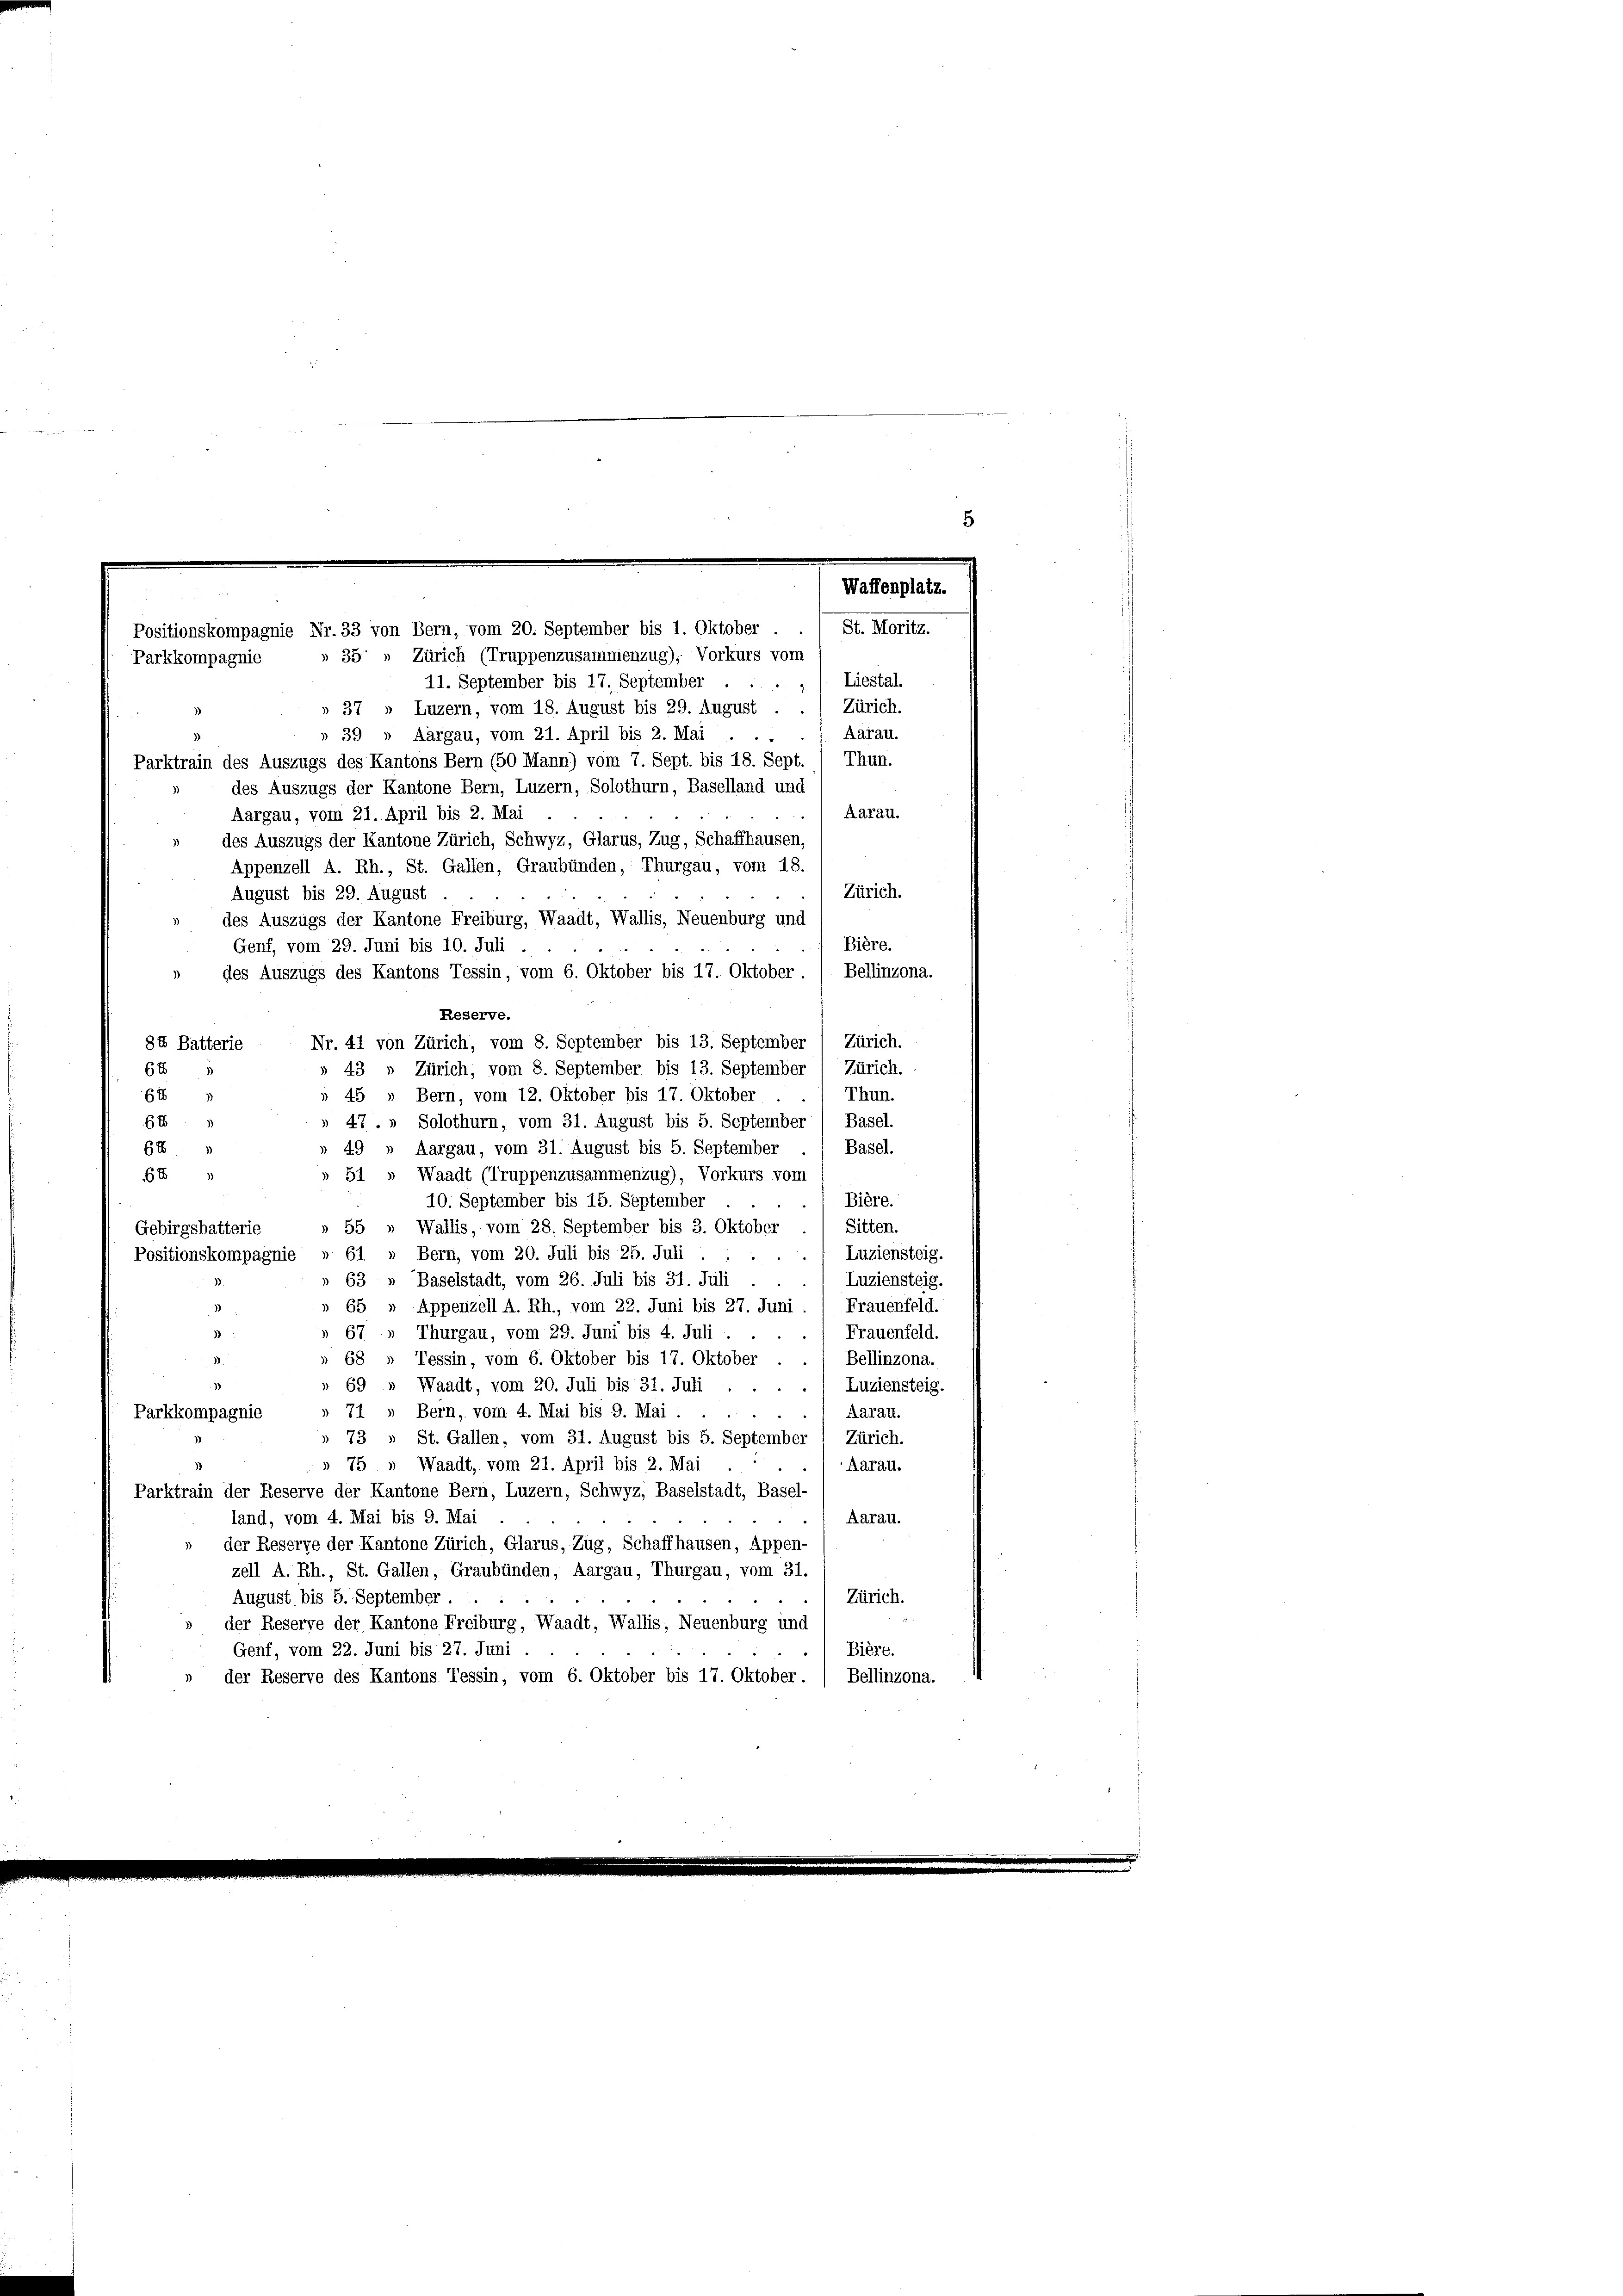
5
Waffenplatz.
St. Moritz.
Positionskompagnie Nr. 33 von Bern, vom 20. September bis 1. Oktober .
35 » Zürich (Truppenzusammenzug), Vorkurs vom
Parkkompagnie

Liestal.
11. September bis 17. September
g
» 37 » Luzern, vom 18. August bis 29. August . . / Zürich.
Aarau.
n 39 » Aargau, vom 21. April bis 2. Mai
Parktrain des Auszugs des Kantons Bern (50 Mann) vom 7. Sept. bis 18. Sept. ( Thun.
des Auszugs der Kantone Bern, Luzern, Solothurn, Baselland und
Aarau.
Aargau, vom 21. April bis 2. Mai
des Auszugs der Kantone Zürich, Schwyz, Glarus, Zug, Schaffhausen,
Appenzell A. Rh., St. Gallen, Graubünden, Thurgau, vom 18.
Zürich.
August bis 29. August.
des Auszugs der Kantone Freiburg, Waadt, Wallis, Neuenburg und
Bière.
Genf, vom 29. Juni bis 10. Juli
Bellinzona.
» des Auszugs des Kantons Tessin, vom 6. Oktober bis 17. Oktober
Reserve.
Nr. 41 von Zürich, vom 8. September bis 13. September / Zürich.
88 Batterie
68
» 43 „ Zürich, vom 8. September bis 13. September / Zürich.
» 45 » Bern, vom 12. Oktober bis 17. Oktober
Thun.
683
618
47.» Solothurn, vom 31. August bis 5. September) Basel.
68
49 » Aargau, vom 31. August bis 5. September
Basel.
68
Waadt (Truppenzusammenzug), Vorkurs vom
51
Bière.
10. September bis 15. September
Sitten.
55 » Wallis, vom 28. September bis 3. Oktober
Gebirgsbatterie
61 » Bern, vom 20. Juli bis 25. Juli
Luziensteig.
Positionskompagnie
63 » Baselstadt, vom 26. Juli bis 31. Juli
Luziensteig.
Frauenfeld.
» 65 » Appenzell A. Rh., vom 22. Juni bis 27. Juni
Frauenfeld.
67, Thurgau, vom 29. Juni bis 4. Juli
68
Tessin, vom 6. Oktober bis 17. Oktober
Bellinzona.
69 » Waadt, vom 20. Juli bis 31. Juli . .
Luziensteig.
Aarau.
71 » Bern, vom 4. Mai bis 9. Mai.

Parkkompagnie
73 » St. Gallen, vom 31. August bis 5. September 1 Zürich.
» 75 » Waadt, vom 21. April bis 2. Mai
Aarau.
Parktrain der Reserve der Kantone Bern, Luzern, Schwyz, Baselstadt, Basel-
land, vom 4. Mai bis 9. Mai
Aarau.
der Reserve der Kantone Zürich, Glarus, Zug, Schaffhausen, Appen-
zell A. Rh., St. Gallen, Graubünden, Aargau, Thurgau, vom 31.
August bis 5. September.
Zürich.
der Reserve der Kantone Freiburg, Waadt, Wallis, Neuenburg und
Bière.
Genf, vom 22. Juni bis 27. Juni
der Reserve des Kantons Tessin, vom 6. Oktober bis 17. Oktober. ( Bellinzona.